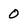
Character: 0